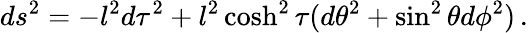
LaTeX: ds^{2}=-l^{2}d\tau^{2}+l^{2}\cosh^{2}\tau(d\theta^{2}+\sin^{2}\theta d\phi^{2})\, .